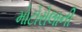
મોટોરોલાની